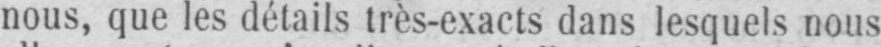
nous, que les détails très-exacts dans lesquels nous